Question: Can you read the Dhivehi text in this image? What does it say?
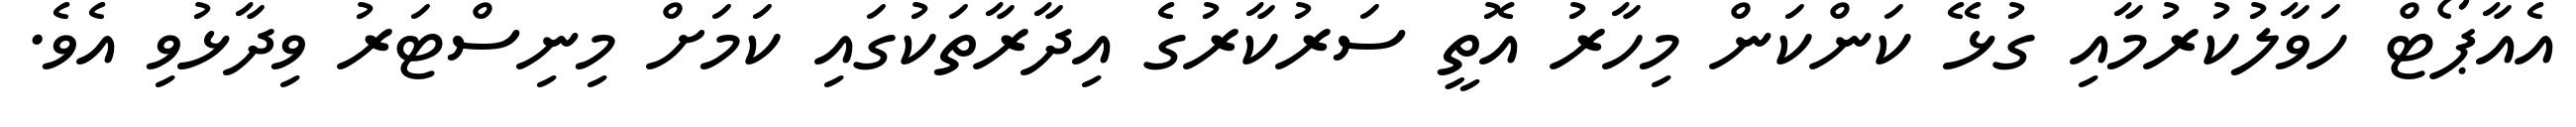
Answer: އެއާޕޯޓް ހަވާލުކުރުމާއި ގުޅޭ ކަންކަން މިހާރު އޮތީ ސަރުކާރުގެ އިދާރާތަކުގައި ކަމަށް މިނިސްޓަރު ވިދާޅުވި އެވެ.